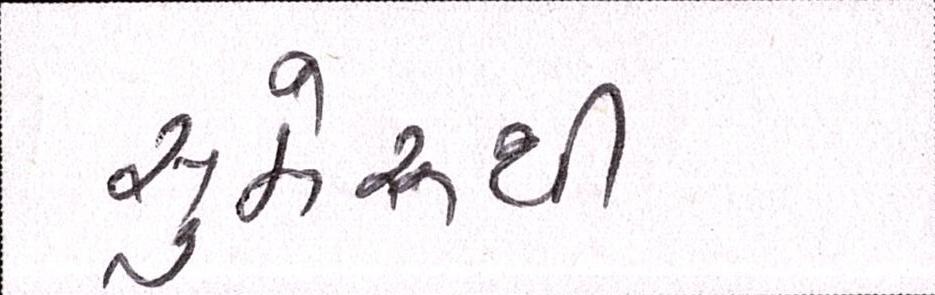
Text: સુમેરૂથી